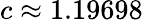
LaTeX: c\approx 1.19698